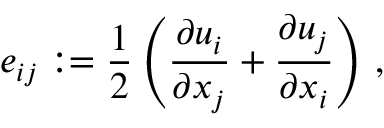
e _ { i j } : = \frac { 1 } { 2 } \left( \frac { \partial { u _ { i } } } { \partial { x _ { j } } } + \frac { \partial { u _ { j } } } { \partial { x _ { i } } } \right) \, ,